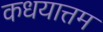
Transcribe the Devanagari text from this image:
कधयात्तम